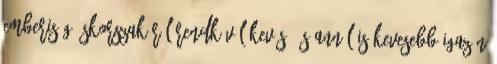
emberiség őskorszakáról rendkívül kevés, és annál is kevesebb igazán